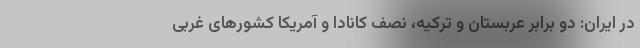
در ایران: دو برابر عربستان و ترکیه، نصف کانادا و آمریکا کشورهای غربی